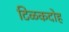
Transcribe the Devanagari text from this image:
टिळकदोह